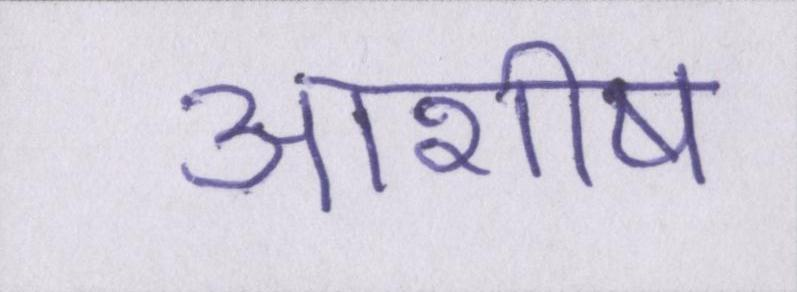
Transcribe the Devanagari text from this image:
आशीष